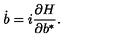
\dot { b } = i \frac { \partial H } { \partial b ^ { * } } .